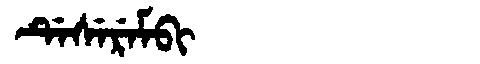
Manchu: ᡩᡝᠰᡝᡵᡝᠮᠪᡳ
Romanization: DESEREMBI